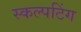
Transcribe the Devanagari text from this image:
स्कल्पटिंग